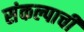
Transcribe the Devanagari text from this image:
संकल्पाची